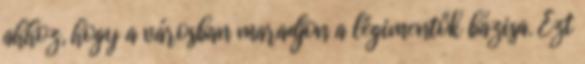
ahhoz, hogy a városban maradjon a légimentők bázisa. Ezt